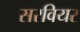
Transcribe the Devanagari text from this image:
सरवियर